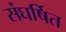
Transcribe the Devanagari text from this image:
संघर्षित